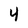
Character: 4